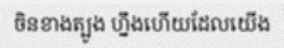
ចិនខាងត្បូង ហ្នឹងហើយដែលយើង